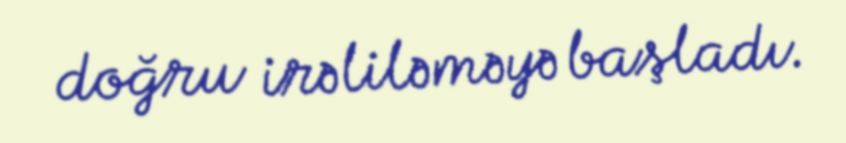
doğru irəliləməyə başladı.